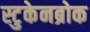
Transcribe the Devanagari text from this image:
स्टुकेनब्रोक